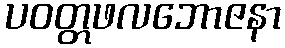
ပဝတ္တဖလဘောဇနာ